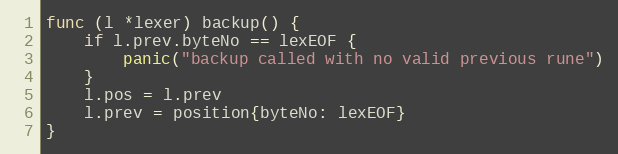
Language: Go
func (l *lexer) backup() {
	if l.prev.byteNo == lexEOF {
		panic("backup called with no valid previous rune")
	}
	l.pos = l.prev
	l.prev = position{byteNo: lexEOF}
}